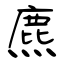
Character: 麃